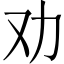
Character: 劝